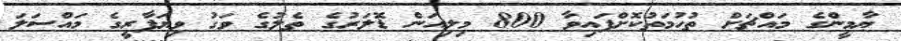
ޔާމީންގެ މައްޗަށް ތުހުމަތުކޮށްފައިވާ 800 މިލިއަން ޑޮލަރުގެ ތެލުގެ ވަގު ވިޔަފާރީގެ މައްސަލަ